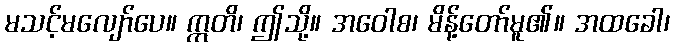
မသင့်မလျော်ပေ။ ဣတိ၊ ဤသို့။ အဝေါစ၊ မိန့်တော်မူ၏။ အထခေါ၊